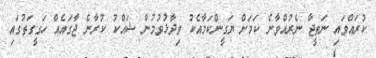
ކުރައްވައި ނަތީޖާ ނެރުއްވާނެ ކަމަށް ޔަގީންކަމާއެކު ވިދާޅުވުމުން ޝައްކު ކުރާނެ ޖާގައެއް ހަގީގަތުގައި